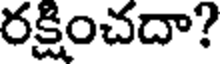
రక్షించదా?